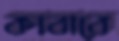
কাবাবে